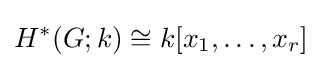
H^{*}(G;k)\cong k[x_{1},\ldots ,x_{r}]